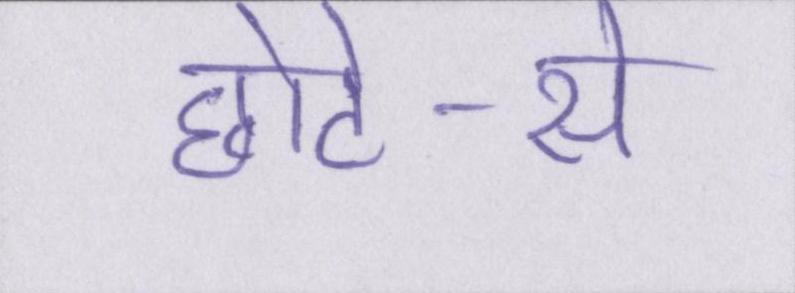
छोटे-से